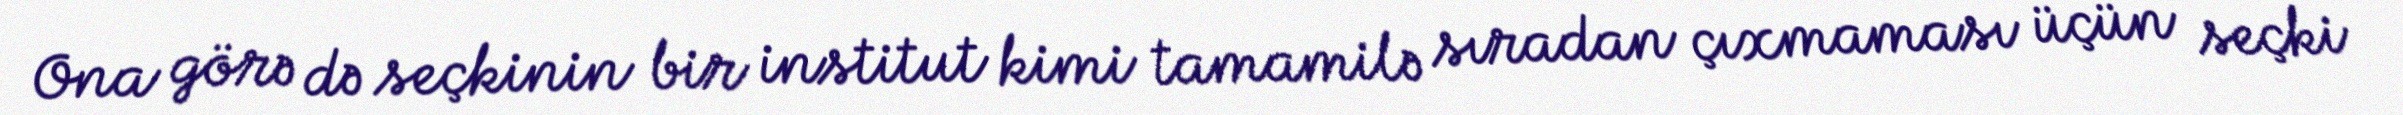
Ona görə də seçkinin bir institut kimi tamamilə sıradan çıxmaması üçün seçki